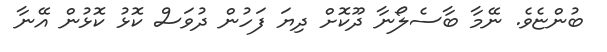
ބުންޏެވެ. ނޭމާ ބާސެލޯނާ ދޫކޮށް ދިޔަ ފަހުން ދުވަސް ކޮޅު ކޮޅުން އޭނާ